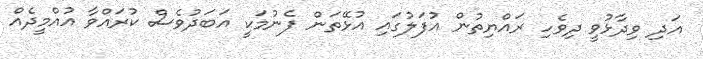
އަދި ވިދާޅުވީ ދިވެހި ރައްޔިތުން އުފަލުގައި އުޅޭތަން ފެނުމަކީ އަބަދުވެސް ކުރައްވާ އުއްމީދެއް